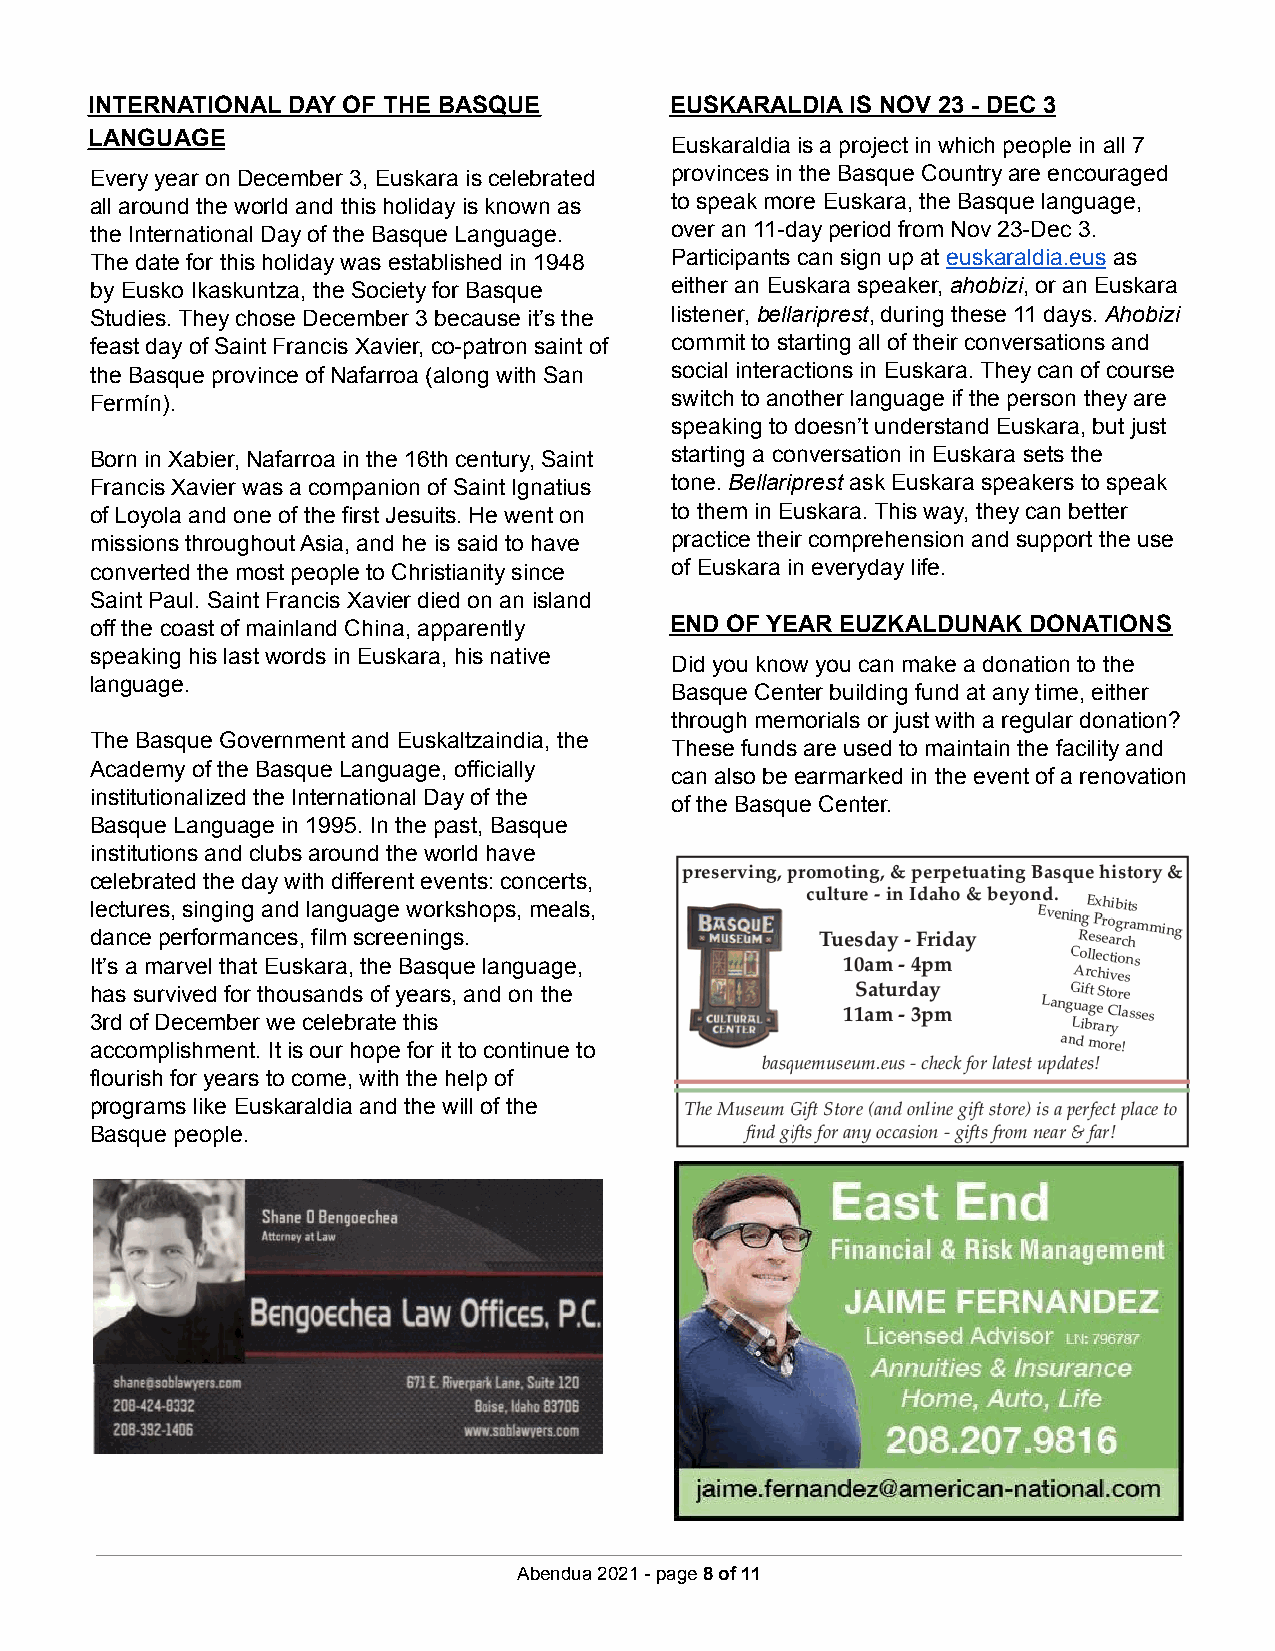
INTERNATIONAL DAY OF THE BASQUE       EUSKARALDIA IS NOV 23 - DEC 3
 LANGUAGE
 Euskaraldia is a project in which people in all 7
 Every year on December 3, Euskara is celebrated provinces in the Basque Country are encouraged
 all around the world and this holiday is known as to speak more Euskara, the Basque language,
 the International Day of the Basque Language. over an 11-day period from Nov 23-Dec 3.
 The date for this holiday was established in 1948 Participants can sign up at euskaraldia.eus as
 by Eusko Ikaskuntza, the Society for Basque either an Euskara speaker, ahobizi, or an Euskara
 Studies. They chose December 3 because it’s the listener, bellariprest, during these 11 days. Ahobizi
 feast day of Saint Francis Xavier, co-patron saint of commit to starting all of their conversations and
 the Basque province of Nafarroa (along with San social interactions in Euskara. They can of course
 Fermín).                              switch to another language if the person they are
 speaking to doesn’t understand Euskara, but just
 Born in Xabier, Nafarroa in the 16th century, Saint starting a conversation in Euskara sets the
 Francis Xavier was a companion of Saint Ignatius tone. Bellariprest ask Euskara speakers to speak
 of Loyola and one of the first Jesuits. He went on to them in Euskara. This way, they can better
 missions throughout Asia, and he is said to have practice their comprehension and support the use
 converted the most people to Christianity since of Euskara in everyday life.
 Saint Paul. Saint Francis Xavier died on an island
 off the coast of mainland China, apparently END OF YEAR EUZKALDUNAK DONATIONS
 speaking his last words in Euskara, his native
 Did you know you can make a donation to the
 language.
 Basque Center building fund at any time, either
 through memorials or just with a regular donation?
 The Basque Government and Euskaltzaindia, the
 These funds are used to maintain the facility and
 Academy of the Basque Language, officially
 can also be earmarked in the event of a renovation
 institutionalized the International Day of the
 of the Basque Center.
 Basque Language in 1995. In the past, Basque
 institutions and clubs around the world have
 celebrated the day with different events: concerts,
 lectures, singing and language workshops, meals,
 dance performances, film screenings.
 It’s a marvel that Euskara, the Basque language,
 has survived for thousands of years, and on the
 3rd of December we celebrate this
 accomplishment. It is our hope for it to continue to
 flourish for years to come, with the help of
 programs like Euskaraldia and the will of the
 Basque people.
 Abendua 2021 - page8of11